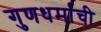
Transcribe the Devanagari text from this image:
गुणधर्माची